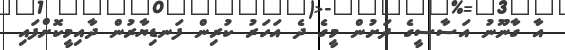
އާ ގާނޫނު އަސާސީގެ ދަށުން މީގެ ދެ އަހަރު ކުރިން ފަނޑިޔާރުން ދާއިމީކޮށްފައި